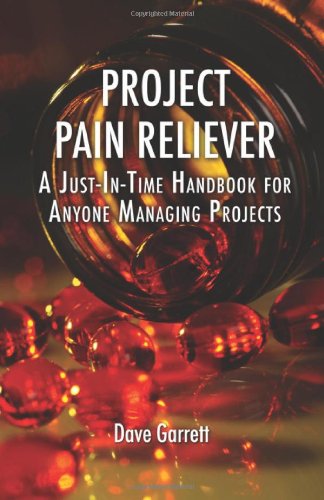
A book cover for Project Pain Reliever: A Just-In-Time Handbook for Anyone Managing Projects; Dave Garrett; Computers & Technology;